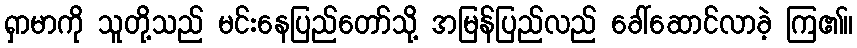
ရှာမာကို သူတို့သည် မင်းနေပြည်တော်သို့ အမြန်ပြည်လည် ခေါ်ဆောင်လာခဲ့ ကြ၏။